Scottish Certificate of Education, 1962
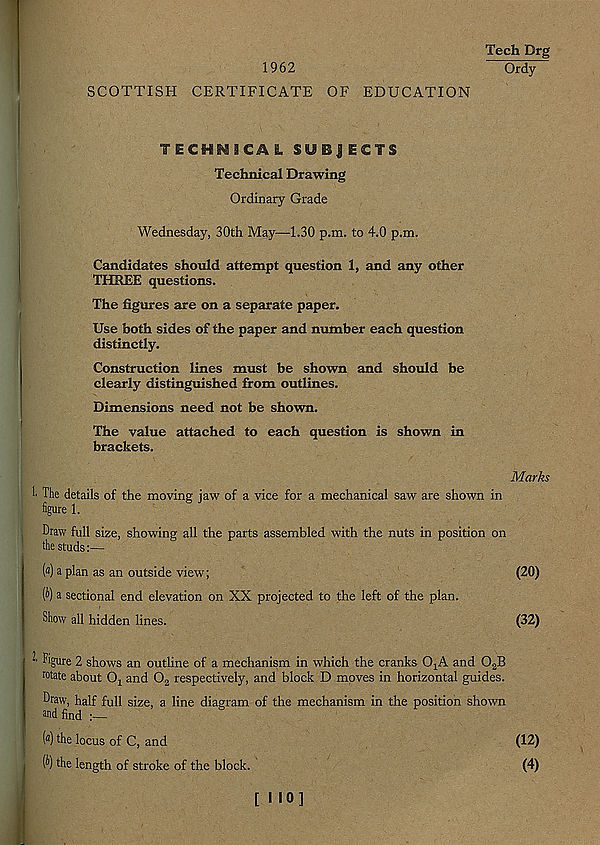
Tech Drg
1962
Ordy
SCOTTISH CERTIFICATE OF EDUCATION
TECH^aCAL SUBJECTS
Technical Drawing
Ordinary Grade
Wednesday, 30th May—1.30 p.m. to 4.0 p.m.
Candidates should attempt question 1, and any other
THREE questions.
The figures are on a separate paper.
Use both sides of the paper and number each question
distinctly.
Construction lines must be shown and should be
clearly distinguished from outlines.
Dimensions need not be shown.
The value attached to each question is shown in
brackets.
The details of the moving jaw of a vice for a mechanical saw are shown in
figure 1.
Draw full size, showing all the parts assembled with the nuts in position on
the studs:—
( a ) a plan as an outside view;
(&) a sectional end elevation on XX projected to the left of the plan.
Show all hidden lines.
■■ Figure 2 shows an outhne of a mechanism in which the cranks 0 1 A and 0 2 B
rotate about O x and 0 2 respectively, and block D moves in horizontal guides.
Draw, half full size, a line diagram of the mechanism in the position shown
and find :—
( a ) the locus of C, and
W the length of stroke of the block.
[ NO]
Marks
(20)
(32)
(12)
(4)